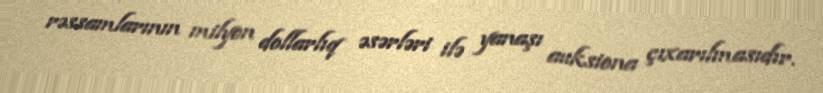
rəssamlarının milyon dollarlıq əsərləri ilə yanaşı auksiona çıxarılmasıdır.